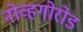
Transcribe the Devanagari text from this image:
नोव्हगोरोड